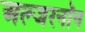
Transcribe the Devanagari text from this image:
अल्जरनॉन